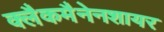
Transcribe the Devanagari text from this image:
क्लैकमैनेनशायर